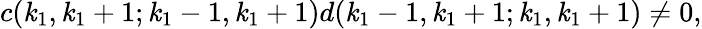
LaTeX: c(\mathit{k}_{1},\mathit{k}_{1}+1;\mathit{k}_{1}-1,\mathit{k}_{1}+1)d(\mathit{k}_{1}-1,\mathit{k}_{1}+1;\mathit{k}_{1},\mathit{k}_{1}+1)\neq0,